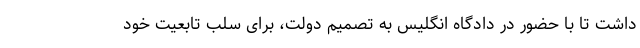
داشت تا با حضور در دادگاه انگلیس به تصمیم دولت، برای سلب تابعیت خود